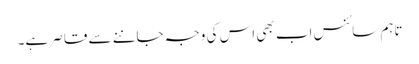
تاہم سائنس اب بھی اس کی وجہ جاننے سے قاصر ہے۔